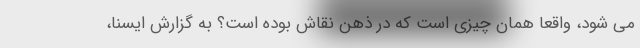
می شود، واقعا همان چیزی است که در ذهن نقاش بوده است؟ به گزارش ایسنا،